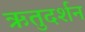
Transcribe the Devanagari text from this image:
ऋतुदर्शन